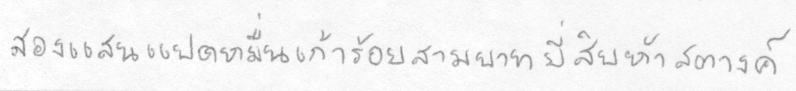
สองแสนแปดหมื่นเก้าร้อยสามบาทยี่สิบห้าสตางค์